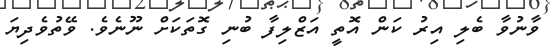
ވާނުވާ ބެލި އިރު ކަން އޮތީ އަޒްލިފާ ބުނި ގޮތަކަށް ނޫނެވެ. ވޭތުވެދިޔަ